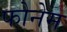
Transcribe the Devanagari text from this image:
फोनेम